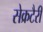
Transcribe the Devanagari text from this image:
सेक्रटैरी